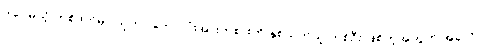
ဒါပေမယ့် တစ်ဖက်မှာ သူဟာ ဘောလုံးအားကစားကို နှစ်သက်သူ တစ်ဦး ဖြစ်တဲ့အတွက် အခုလို